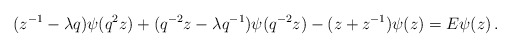
\begin{align*}(z^{-1}-\lambda q)\psi (q^2 z)+(q^{-2}z-\lambda q^{-1})\psi (q^{-2}z)-(z+z^{-1})\psi (z)=E\psi (z)\,.\end{align*}